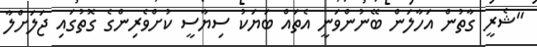
"ޝެރީ ގާތުން އަހާލަން ބޭނުންވަނީ އެތައް ބަޔަކު ސިޔާސީ ކުށްވެރިންގެ ގޮތުގައި ޖަލަށްލާ